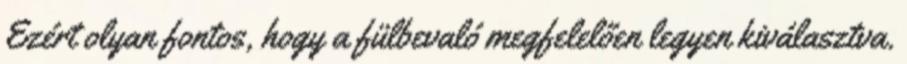
Ezért olyan fontos, hogy a fülbevaló megfelelően legyen kiválasztva.